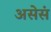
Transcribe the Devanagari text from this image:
असेसं